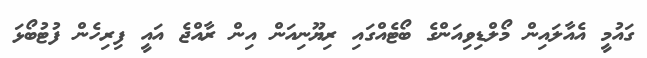
ގައުމީ އެއާލައިން މޯލްޑިވިއަންގެ ބޯޓެއްގައި ރިޔޫނިއަން އިން ރާއްޖެ އައީ ފިރިހެން ފުޓުބޯޅަ